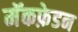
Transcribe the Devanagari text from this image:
मॅकफ़ेडन